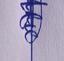
Signature authenticity: genuine